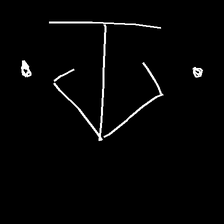
Glyph: earth